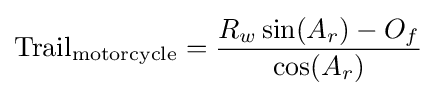
{\text{Trail}}_{\text{motorcycle}}={\frac {R_{w}\sin(A_{r})-O_{f}}{\cos(A_{r})}}